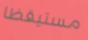
مستيقظا